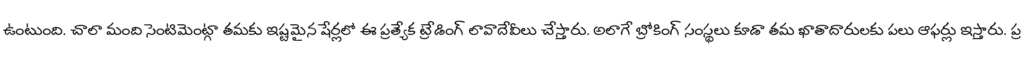
ఉంటుంది. చాలా మంది సెంటిమెంట్గా తమకు ఇష్టమైన షేర్లలో ఈ ప్రత్యేక ట్రేడింగ్ లావాదేవీలు చేస్తారు. అలాగే బ్రోకింగ్ సంస్థలు కూడా తమ ఖాతాదారులకు పలు ఆఫర్లు ఇస్తారు. ప్ర